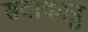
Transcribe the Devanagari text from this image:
सदाकाडु